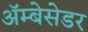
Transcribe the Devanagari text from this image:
अॅम्बेसेडर